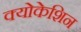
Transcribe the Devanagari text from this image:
क्योकेशिन